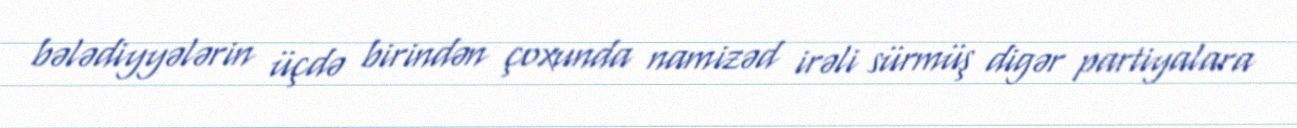
bələdiyyələrin üçdə birindən çoxunda namizəd irəli sürmüş digər partiyalara